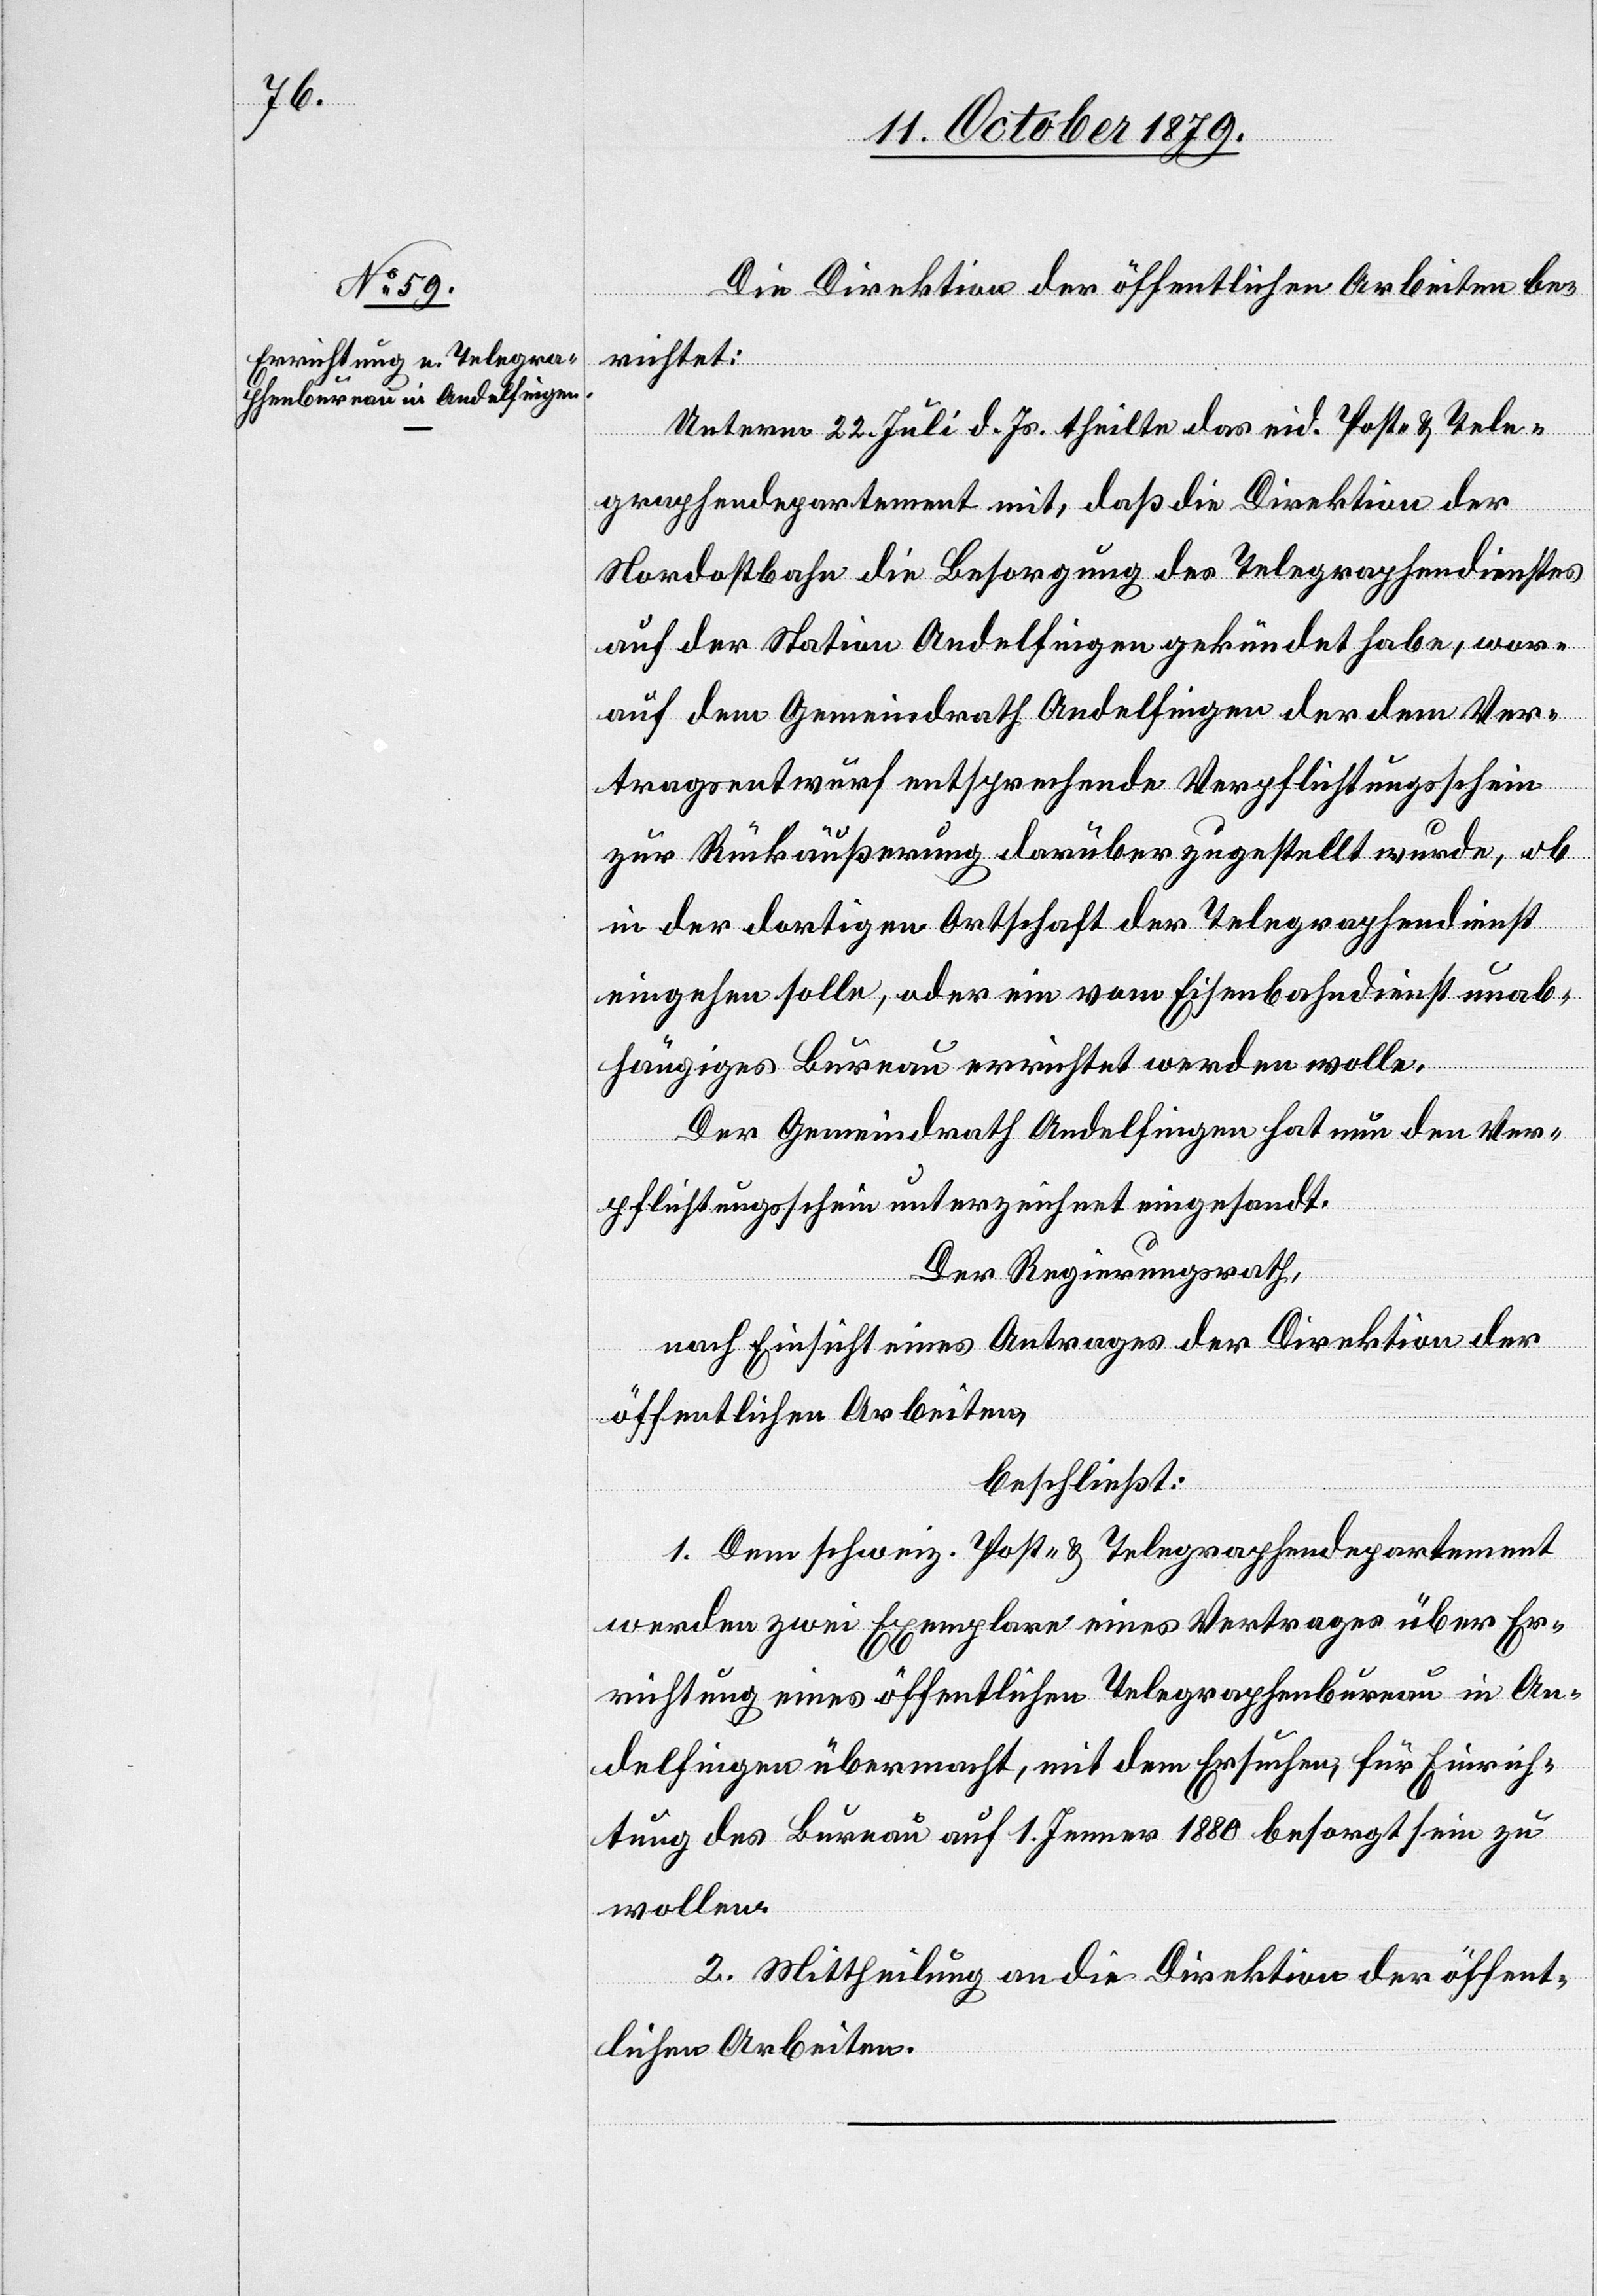
Die Direktion der öffentlichen Arbeiten be¬
richtet:
Unterm 22. Juli d. Js. theilte das eid. Post- & Tele¬
graphendepartement mit, daß die Direktion der
Nordostbahn die Besorgung des Telegraphendienstes
auf der Station Andelfingen gekündet habe, wor¬
auf dem Gemeindrath Andelfingen der dem Ver¬
tragsentwurf entsprechende Verpflichtungsschein
zur Rückäußerung darüber zugestellt wurde, ob
in der dortigen Ortschaft der Telegraphendienst
eingehen solle, oder ein vom Eisenbahndienst unab¬
hängiges Bureau errichtet werden wolle.
Der Gemeindrath Andelfingen hat nun den Ver¬
pflichtungsschein unterzeichnet eingesandt.
Der Regierungsrath,
nach Einsicht eines Antrages der Direktion der
öffentlichen Arbeiten,
beschließt:
1. Dem schweiz. Post- & Telegraphendepartement
wurden zwei Exemplare eines Vertrages über Er¬
richtung eines öffentlichen Telegraphenbureau in An¬
delfingen übermacht, mit dem Ersuchen, für Einrich¬
tung des Bureau auf 1. Jenner 1880 besorgt sein zu
wollen.
2. Mittheilung an die Direktion der öffent¬
lichen Arbeiten.